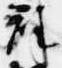
群